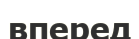
вперед